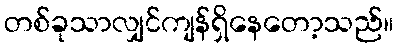
တစ်ခုသာလျှင်ကျန်ရှိနေတော့သည်။